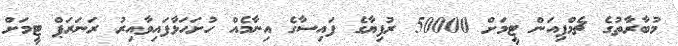
މުބާރާތުގެ ޗެމްޕިއަން ޓީމަށް 50000 ރުފިޔާގެ ފައިސާގެ އިނާމެއް ހުށަހަޅާފައިވާއިރު ރަނަރަޕް ޓީމަށް